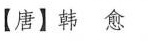
【唐】韩愈